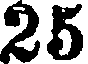
25